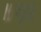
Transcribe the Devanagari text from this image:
॥धृ॥